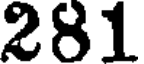
281